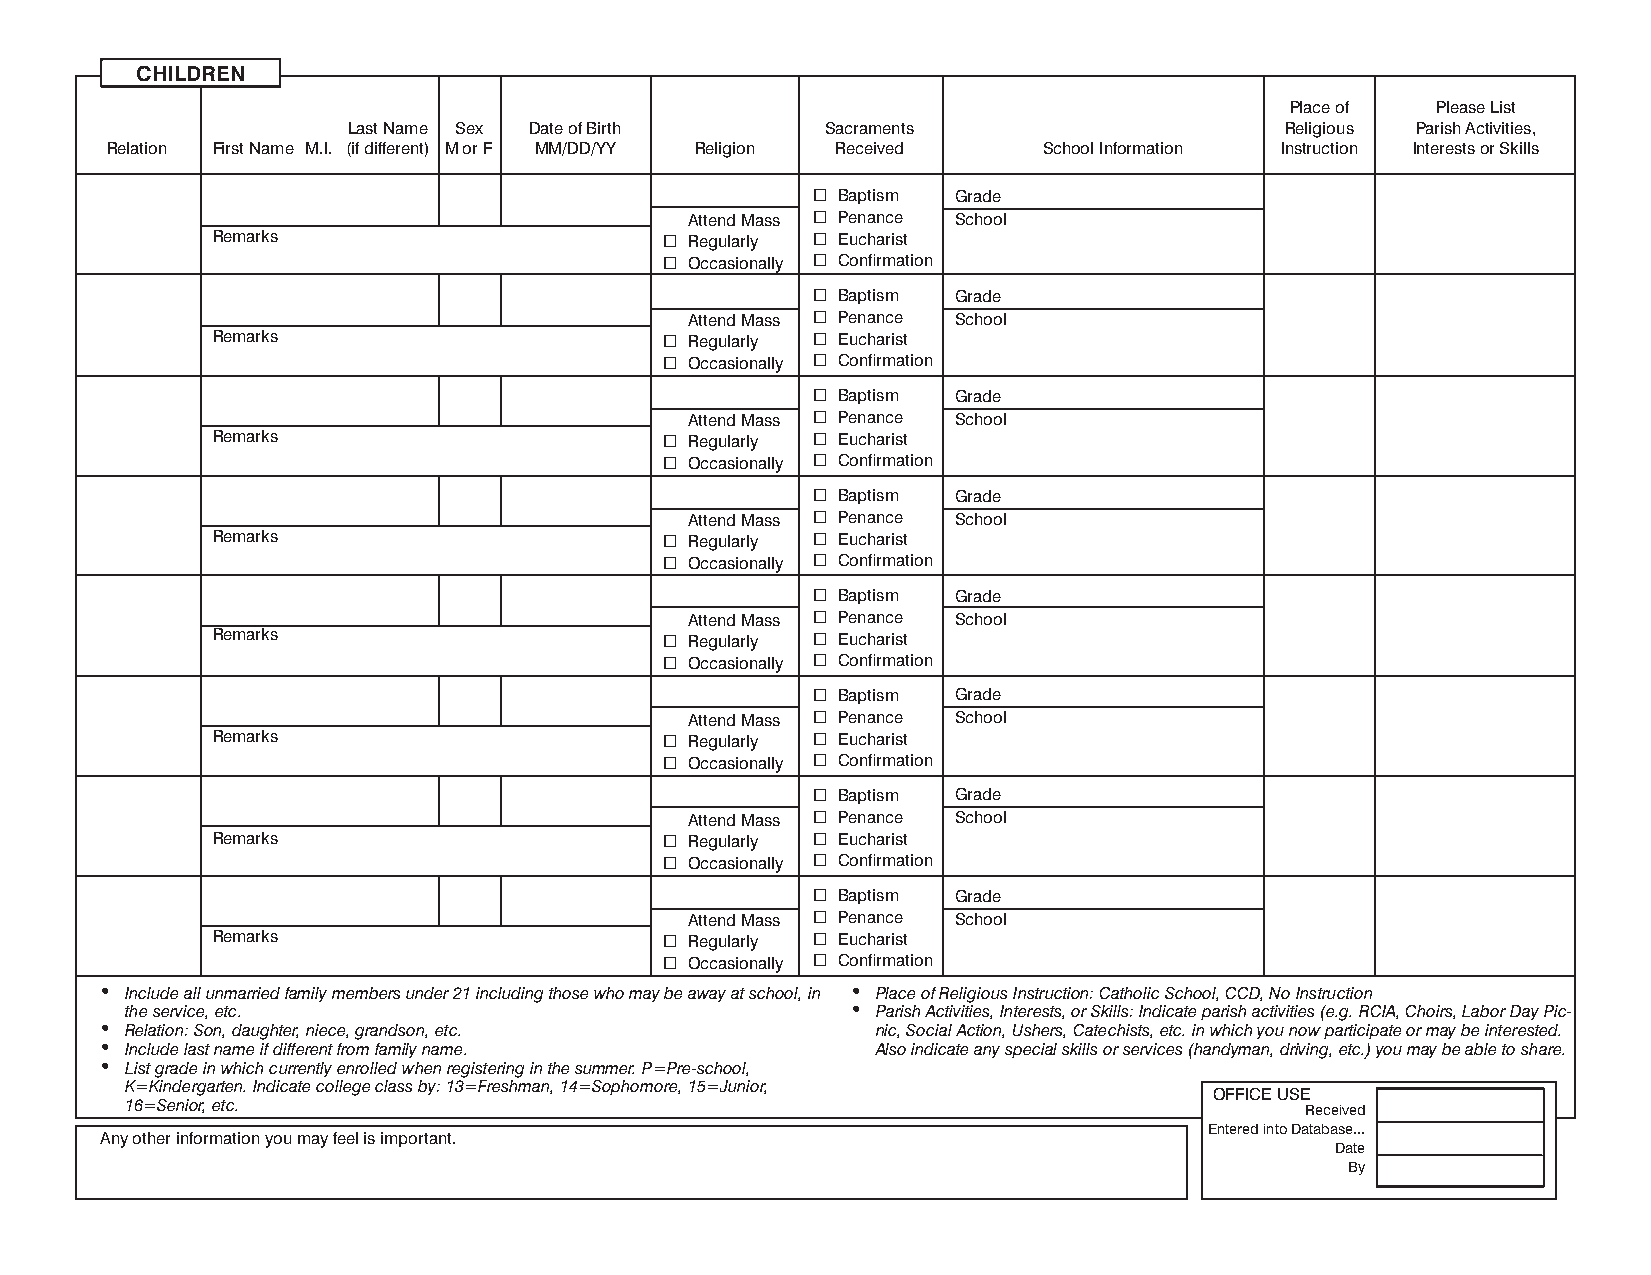
CHILDREN
 Place of  Please List
 Last Name Sex Date of Birth     Sacraments                    Religious Parish Activities,
 Relation First Name M.I. (if different) M or F MM/DD/YY Religion Received School Information Instruction Interests or Skills
  Baptism Grade
 Attend Mass  Penance School
 Remarks                        Regularly  Eucharist
  Occasionally  Confirmation
  Baptism Grade
 Attend Mass  Penance School
 Remarks                        Regularly  Eucharist
  Occasionally  Confirmation
  Baptism Grade
 Attend Mass  Penance School
 Remarks                        Regularly  Eucharist
  Occasionally  Confirmation
  Baptism Grade
 Attend Mass  Penance School
 Remarks                        Regularly  Eucharist
  Occasionally  Confirmation
  Baptism Grade
 Attend Mass  Penance School
 Remarks                        Regularly  Eucharist
  Occasionally  Confirmation
  Baptism Grade
 Attend Mass  Penance School
 Remarks                        Regularly  Eucharist
  Occasionally  Confirmation
  Baptism Grade
 Attend Mass  Penance School
 Remarks                        Regularly  Eucharist
  Occasionally  Confirmation
  Baptism Grade
 Attend Mass  Penance School
 Remarks                        Regularly  Eucharist
  Occasionally  Confirmation
 • Include all unmarried family members under 21 including those who may be away at school, in • Place of Religious Instruction: Catholic School, CCD, No Instruction
 the service, etc.                               • Parish Activities, Interests, or Skills: Indicate parish activities (e.g. RCIA, Choirs, Labor Day Pic-
 • Relation: Son, daughter, niece, grandson, etc.   nic, Social Action, Ushers, Catechists, etc. in which you now participate or may be interested.
 • Include last name if different from family name. Also indicate any special skills or services (handyman, driving, etc.) you may be able to share.
 • List grade in which currently enrolled when registering in the summer. P=Pre-school,
 K=Kindergarten. Indicate college class by: 13=Freshman, 14=Sophomore, 15=Junior,
 OFFICE USE
 16=Senior, etc.                                                               Received
 Entered into Database...
 Any other information you may feel is important.
 Date
 By